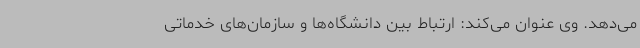
می‌دهد. وی عنوان می‌کند: ارتباط بین دانشگاه‌ها و سازمان‌های خدماتی